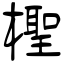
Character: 檉